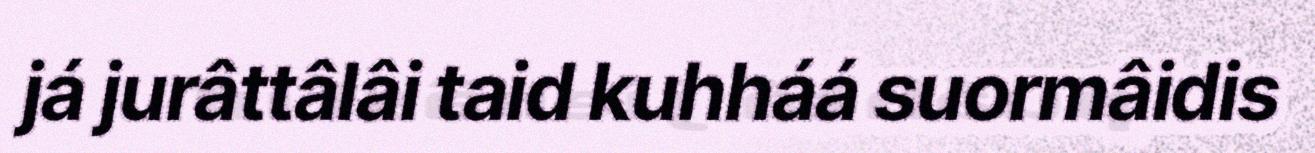
já jurâttâlâi taid kuhháá suormâidis